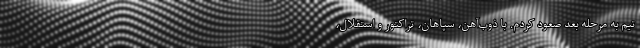
تیم به مرحله بعد صعود کردم. با ذوب‌آهن، سپاهان، تراکتور و استقلال،